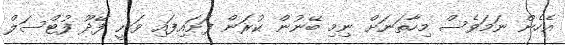
އެހެން ނަމަވެސް މިހާތަނަށް ނިމި ބޭނުން ކުރަން ފަށައިފައި ވަނީ ފޭދޫ ފުޓްސަލް